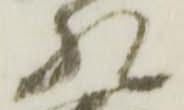
惶